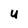
Character: U